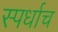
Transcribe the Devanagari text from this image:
स्पर्धाच